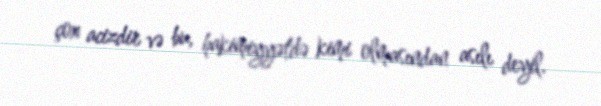
çox acizdir və bu, hakimiyyətdə kimi olmasından asılı deyil.